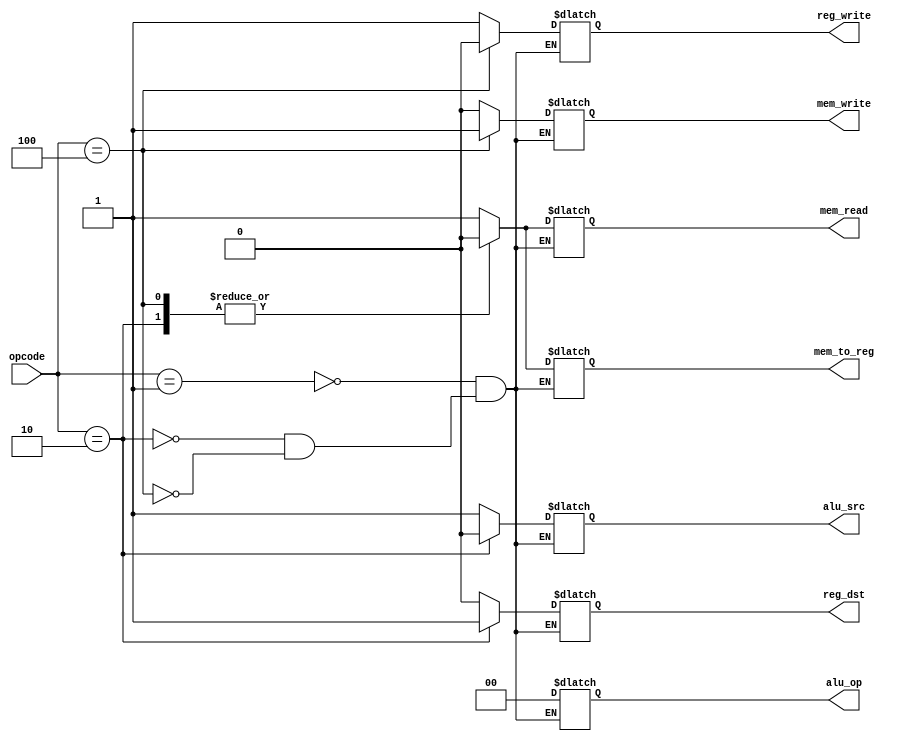
`timescale 1ns / 1ps
//////////////////////////////////////////////////////////////////////////////////
// Company: 
// Engineer: 
// 
// Design Name: 
// Module Name: control_unit
// Project Name: 
// Target Devices: 
// Tool Versions: 
// Description: 
// 
// Dependencies: 
// 
// Revision:
// Revision 0.01 - File Created
// Additional Comments:
// 
//////////////////////////////////////////////////////////////////////////////////

module control_unit 
    (input [2:0] opcode,
    output reg [1:0] alu_op,
    output reg reg_dst,reg_write,mem_read,mem_to_reg,mem_write,alu_src);
    always  @(*)
    begin
        case(opcode)
            3'b001:     //When opcode is of load instruction set the control signal as below 
                begin
                    reg_dst <= 0; // Not using this control signal, kept for general understanding
                    reg_write <= 1;
                    alu_op <= 2'b00;
                    mem_read <= 1;
                    mem_write <= 0;
                    mem_to_reg <= 1;
                    alu_src <= 1;
                end
            3'b010:     //When opcode is of add instruction set the control signal as below 
                begin
                    reg_dst <= 1;
                    reg_write <= 1;
                    alu_op <= 2'b00;
                    mem_read <= 0;
                    mem_write <= 0;
                    mem_to_reg <= 0;
                    alu_src <= 0;                
                end
            3'b100 :    //When opcode is of store instruction set the control signal as below 
                begin
                    reg_dst <= 0;
                    reg_write <= 0;
                    alu_op <= 2'b00;
                    mem_read <= 0;
                    mem_write <= 1;
                    mem_to_reg <= 0;
                    alu_src <= 1;
                end     
            endcase
        end
endmodule